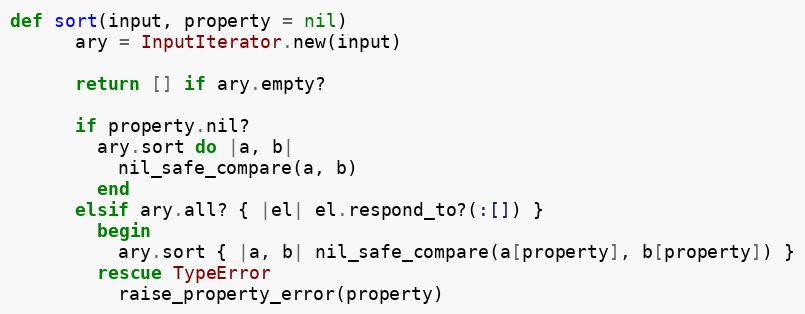
Language: Ruby
def sort(input, property = nil)
      ary = InputIterator.new(input)

      return [] if ary.empty?

      if property.nil?
        ary.sort do |a, b|
          nil_safe_compare(a, b)
        end
      elsif ary.all? { |el| el.respond_to?(:[]) }
        begin
          ary.sort { |a, b| nil_safe_compare(a[property], b[property]) }
        rescue TypeError
          raise_property_error(property)